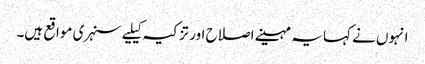
انہوں نے کہا یہ مہینے اصلاح اور تزکیہ کیلیے سنہری مواقع ہیں۔